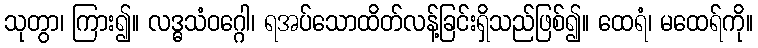
သုတွာ၊ ကြား၍။ လဒ္ဓသံဝဂ္ဂေါ၊ ရအပ်သောထိတ်လန့်ခြင်းရှိသည်ဖြစ်၍။ ထေရံ၊ မထေရ်ကို။